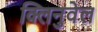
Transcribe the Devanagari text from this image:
क्लिनुवेल